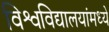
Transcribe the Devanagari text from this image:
विश्वविद्यालयांमध्ये